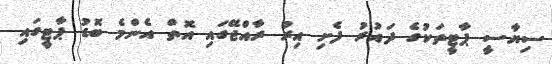
ސިޔާސީ ޕާޓީތަކުގެ ދައުރު ފެށި އިރު ރާއްޖޭގައި އޮތް އެންމެ ބޮޑު ޕާޓީގައި